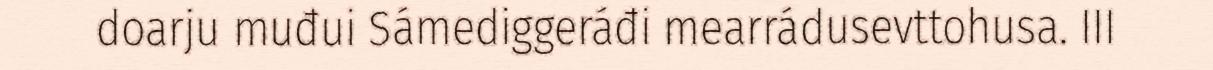
doarju muđui Sámediggeráđi mearrádusevttohusa. III